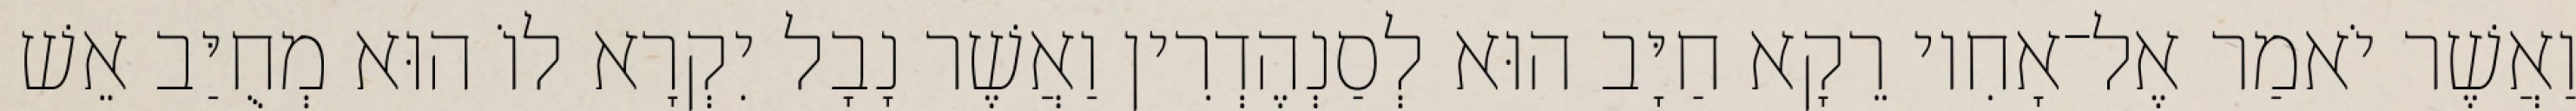
וַאֲשֶׁר יֹאמַר אֶל־אָחִיו רֵקָא חַיָּב הוּא לְסַנְהֶדְרִין וַאֲשֶׁר נָבָל יִקְרָא לוֹ הוּא מְחֻיַּב אֵשׁ